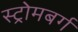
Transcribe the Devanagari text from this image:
स्ट्रोमबर्ग